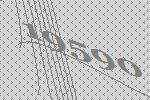
19590